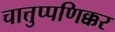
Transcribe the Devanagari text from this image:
चात्तुप्पणिक्कर